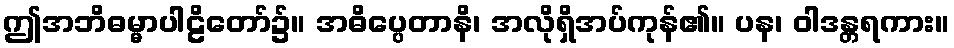
ဤအဘိဓမ္မာပါဠိတော်၌။ အဓိပ္ပေတာနိ၊ အလိုရှိအပ်ကုန်၏။ ပန၊ ဝါဒန္တရကား။